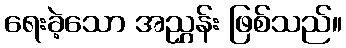
ရေးခဲ့သော အညွှန်း ဖြစ်သည်။